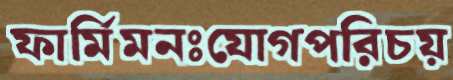
ফার্মিমনঃযোগপরিচয়